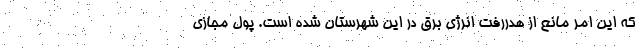
که این امر مانع از هدررفت انرژی برق در این شهرستان شده است. پول مجازی